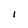
Character: l